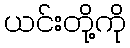
ယင်းတို့ကို